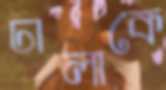
ঢালাকে